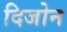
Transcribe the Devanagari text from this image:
दिजोन